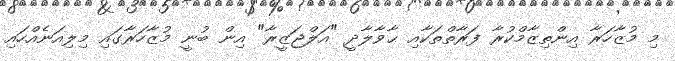
މި މުޒާހަރާ އިންތިޒާމްކުރާ ފަރާތްތަކާއި ޙާވާލާދީ "އަލްޖަޒީރާ" އިން ބުނީ މުޒާހަރާގައި މިލިއަނެއްހައި